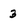
Character: 3